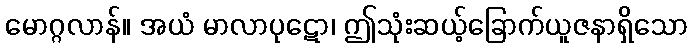
မောဂ္ဂလာန်။ အယံ မာလာပုဋော၊ ဤသုံးဆယ့်ခြောက်ယူဇနာရှိသော